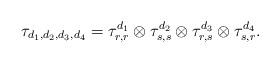
LaTeX: \begin{align*}\tau_{d_1, d_2, d_3, d_4} = \tau_{r, r}^{d_1}\otimes\tau_{s, s}^{d_2}\otimes\tau_{r, s}^{d_3}\otimes \tau_{s, r}^{d_4}.\end{align*}